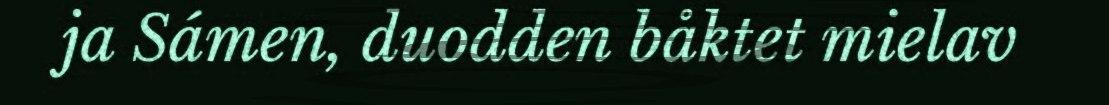
ja Sámen, duodden båktet mielav